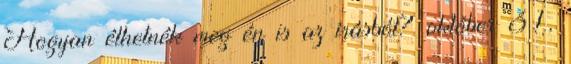
Hogyan élhetnék meg én is az írásból? október 31,